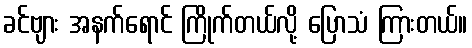
ခင်ဗျား အနက်ရောင် ကြိုက်တယ်လို့ ပြောသံ ကြားတယ်။